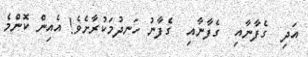
އަދި  ގެފާނާއި  ގެފާނާއި  ގެފާނު ހަނދުމަކުރާށެވެ! އެއިން ކޮންމެ